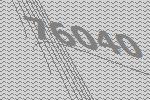
76040